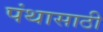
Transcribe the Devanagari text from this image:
पंथासाठी